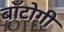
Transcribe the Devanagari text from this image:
बाँटोगी